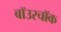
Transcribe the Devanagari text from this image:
बॉउरचॉक